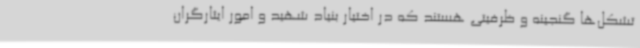
تشکل‌ها گنجینه و ظرفیتی هستند که در اختیار بنیاد شهید و امور ایثارگران